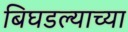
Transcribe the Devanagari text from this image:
बिघडल्याच्या